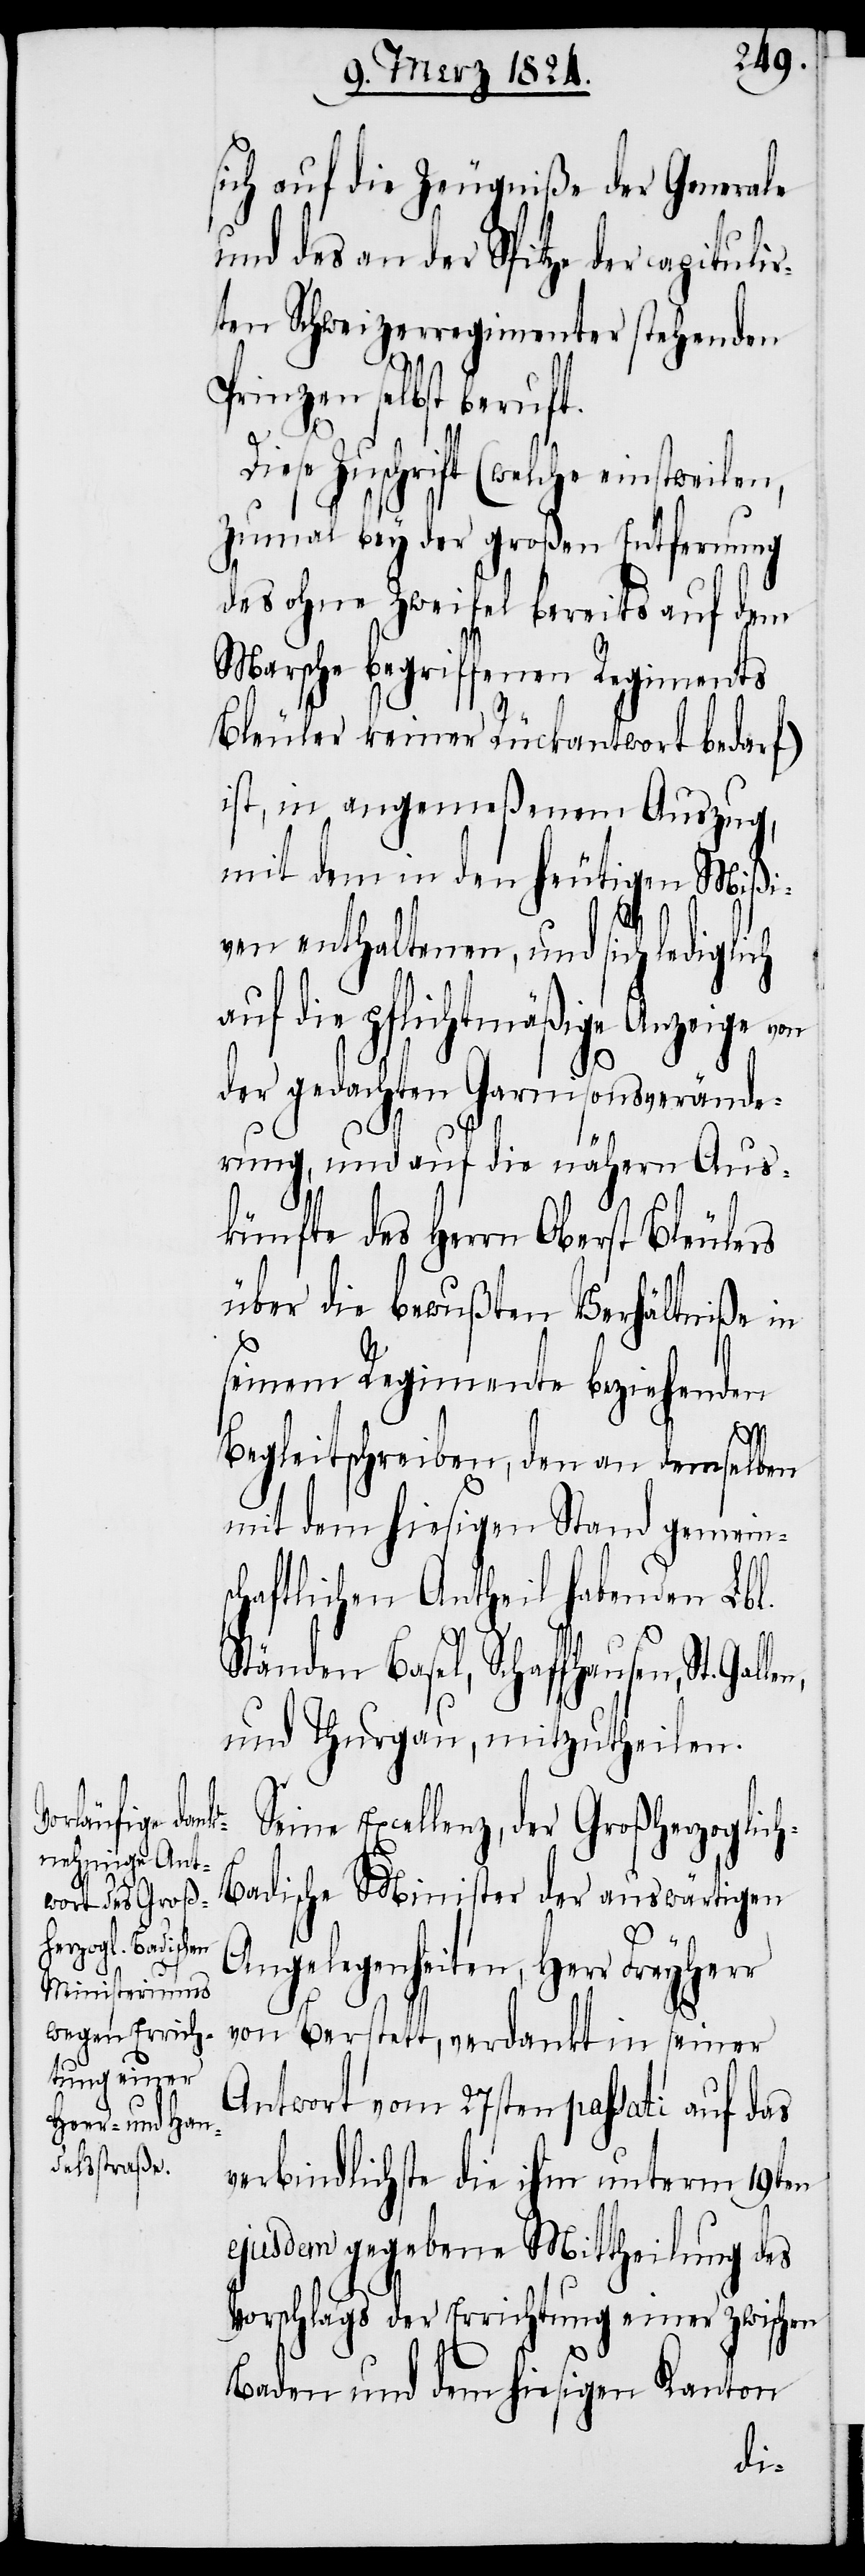
glich a¬

sich auf die Zeugniße der Generale
und des an der Spitze der capitulir¬
ten Schweizerregimenter stehenden
Prinzen selbst beruft.
Diese Zuschrift (welche einstweilen,
zumal bey der großen Entfernung
des ohne Zweifel bereits auf dem
Marsche begriffenen Regiments
Bleuler keiner Rückantwort bedarf)
ist, in angemeßenem Auszug,
mit dem in den heutigen Mißi¬
ven enthaltenen, und sich ledi¬
uf die pflichtmäßige Anzeige
der gedachten Garnisonsverände¬
rung, und auf die nähern Aus¬
künfte des Herrn Oberst Bleulers
über die bewußten Verhältniße in
seinem Regimente beziehenden
Begleitschreiben, den an demselben
mit dem hiesigen Stand gemein¬
schaftlichen Antheil habenden Lbl.
Ständen Basel, Schaffhausen, St.
und Thurgau, mitzutheilen.
Seine Excellenz, der Großherzoglic¬
h-Badische Minister der auswärtigen
Angelegenheiten, Herr
von Berstett, verdankt in seiner
Antwort vom 27sten passati auf das
verbindlichste die ihm unterm 19ten
ejusdem gegebene Mittheilung des
Vorschlags der Errichtung einer zwischen
Baden und dem hiesigen Kanton